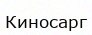
Киносарг